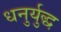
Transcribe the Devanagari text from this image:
धनुर्युद्ध